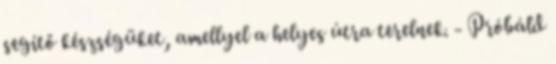
segítő készségüket, amellyel a helyes útra terelnek. - Próbáld